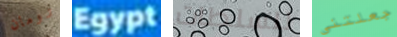
رومان Egypt للسلطات جعلتني